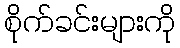
စိုက်ခင်းများကို